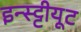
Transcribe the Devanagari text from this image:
इन्स्ट्टीयूट